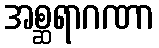
အစ္ဆရာဂဏာ